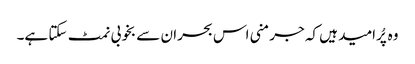
وہ پُرامید ہیں کہ جرمنی اس بحران سے بخوبی نمٹ سکتا ہے۔